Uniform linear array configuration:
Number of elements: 48
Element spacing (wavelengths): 0.5
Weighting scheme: binomial
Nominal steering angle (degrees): -45
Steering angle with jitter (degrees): -46.14
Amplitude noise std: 0.05
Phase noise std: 0.05

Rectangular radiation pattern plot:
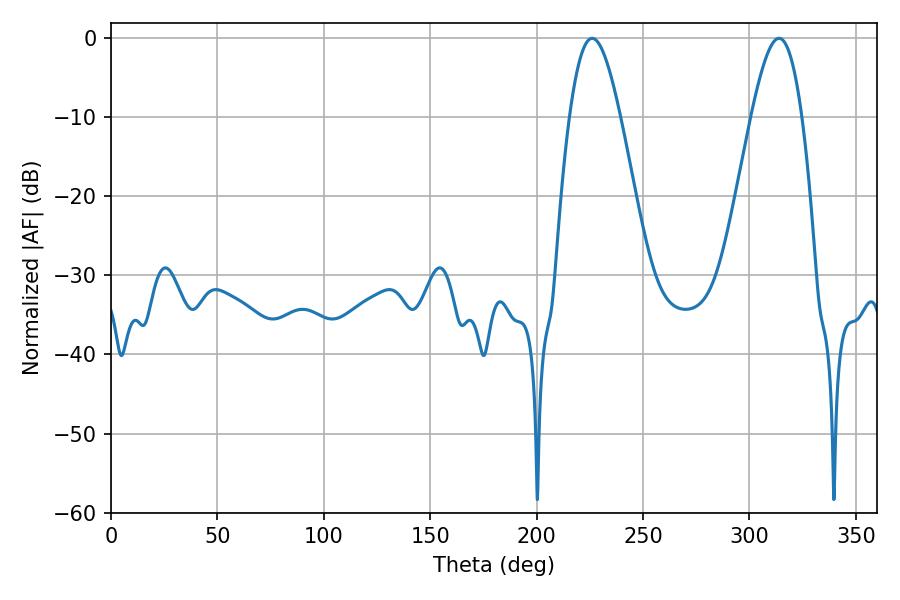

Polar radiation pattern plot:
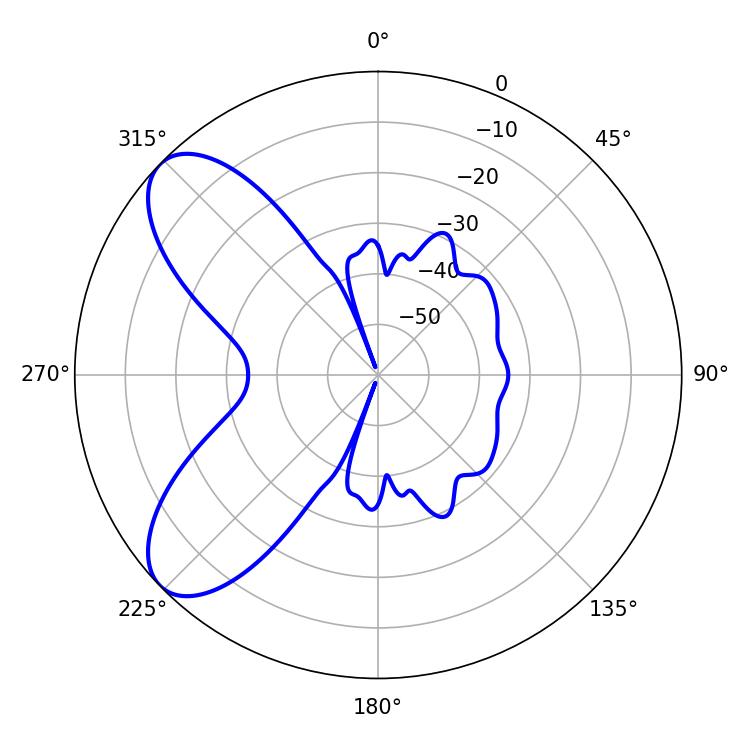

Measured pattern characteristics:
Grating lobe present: FALSE
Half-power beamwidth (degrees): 12.78
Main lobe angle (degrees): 226.08